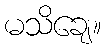
မသိချေ။